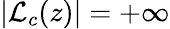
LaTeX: |{\mathcal{L}}_{c}(z)|=+\infty